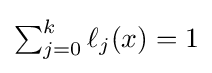
{\textstyle \sum _{j=0}^{k}\ell _{j}(x)=1}